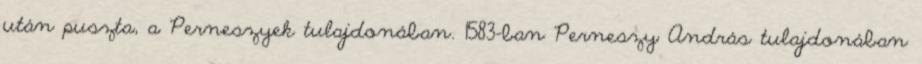
után puszta, a Perneszyek tulajdonában. 1583-ban Perneszy András tulajdonában